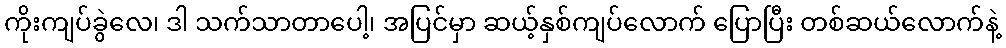
ကိုးကျပ်ခွဲလေ၊ ဒါ သက်သာတာပေါ့၊ အပြင်မှာ ဆယ့်နှစ်ကျပ်လောက် ပြောပြီး တစ်ဆယ်လောက်နဲ့